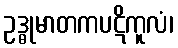
ဥဒ္ဓုမာတကပဋိကူလံ၊